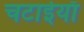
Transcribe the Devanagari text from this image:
चटाईयाँ